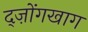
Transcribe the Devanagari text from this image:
द्ज़ोंगखाग